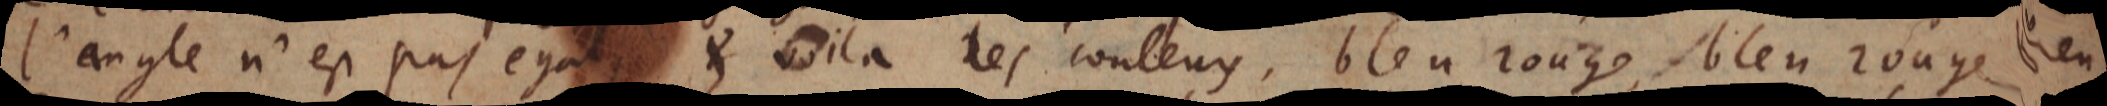
l’angle n’est pas égal, et voila les couleurs, bleu rouge, bleu rouge, bleu